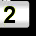
Digit: 2